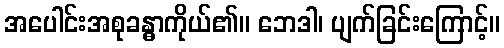
အပေါင်းအစုခန္ဓာကိုယ်၏။ ဘေဒါ၊ ပျက်ခြင်းကြောင့်။